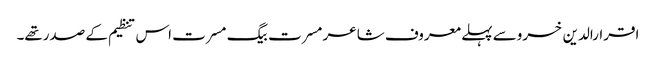
اقرارالدین خسروسے پہلے معروف شاعر مسرت بیگ مسرت اس تنظیم کے صدرتھے۔